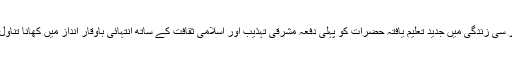
میں نے اپنی مختصر سی زندگی میں جدید تعلیم یافتہ حضرات کو پہلی دفعہ مشرقی تہذیب اور اسلامی ثقافت کے ساتھ انتہائی باوقار انداز میں کھانا تناول کرتے ہوئے دیکھا۔